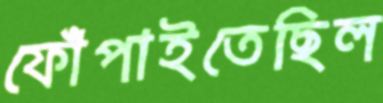
ফোঁপাইতেছিল